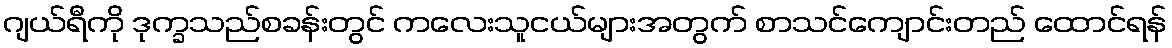
ဂျယ်ရီကို ဒုက္ခသည်စခန်းတွင် ကလေးသူငယ်များအတွက် စာသင်ကျောင်းတည် ထောင်ရန်